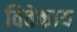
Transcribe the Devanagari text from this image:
विवेकाय